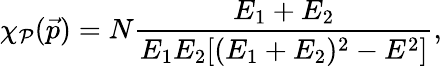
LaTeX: \chi_{{\cal P}}(\vec{p})=N\frac{E_{1}+E_{2}}{E_{1}E_{2}[(E_{1}+E_{2})^{2}-E^{2}]},